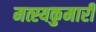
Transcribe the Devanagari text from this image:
मत्स्यकुमारी